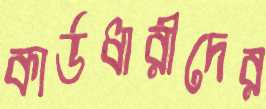
কার্ডধারীদের